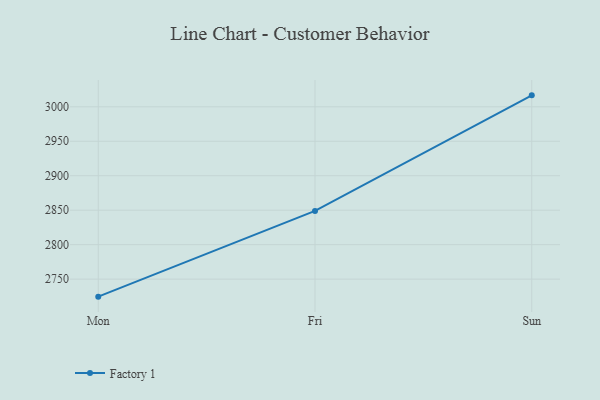
{"axis": {"x": "Day", "y": "Page Views"}, "legend": ["Factory 1"], "data": [{"x": "Mon", "y": 2724.6, "type": "Factory 1"}, {"x": "Fri", "y": 2848.9, "type": "Factory 1"}, {"x": "Sun", "y": 3016.6, "type": "Factory 1"}]}